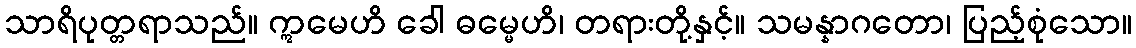
သာရိပုတ္တရာသည်။ ဣမေဟိ ခေါ ဓမ္မေဟိ၊ တရားတို့နှင့်။ သမန္နာဂတော၊ ပြည့်စုံသော။